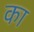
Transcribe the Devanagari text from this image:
का